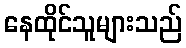
နေထိုင်သူများသည်